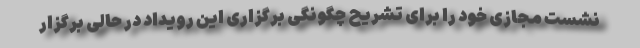
نشست مجازی خود را برای تشریح چگونگی برگزاری این رویداد در حالی برگزار